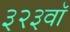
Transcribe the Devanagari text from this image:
३२३वॉ